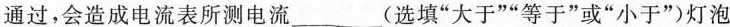
通过，会造成电流表所测电流___(选填”大于””等于”或”小于”)灯泡